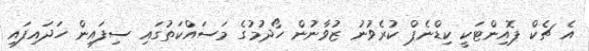
އެ ޗެކް ޕޮއިންޓަކީ ކިޑްނެޕް ކުރެވުނު ޒުވާނުން ހޯދުމުގެ މަސައްކަތުގައި ސިފައިން ހަދައިފައި